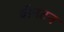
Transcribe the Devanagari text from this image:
वॉनटन